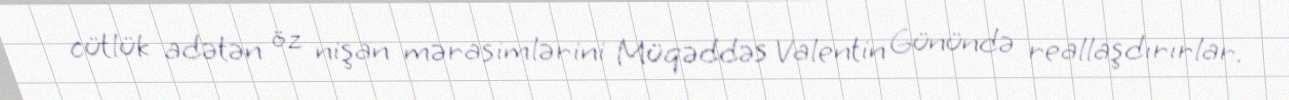
cütlük adətən öz nişan mərasimlərini Müqəddəs Valentin Günündə reallaşdırırlar.